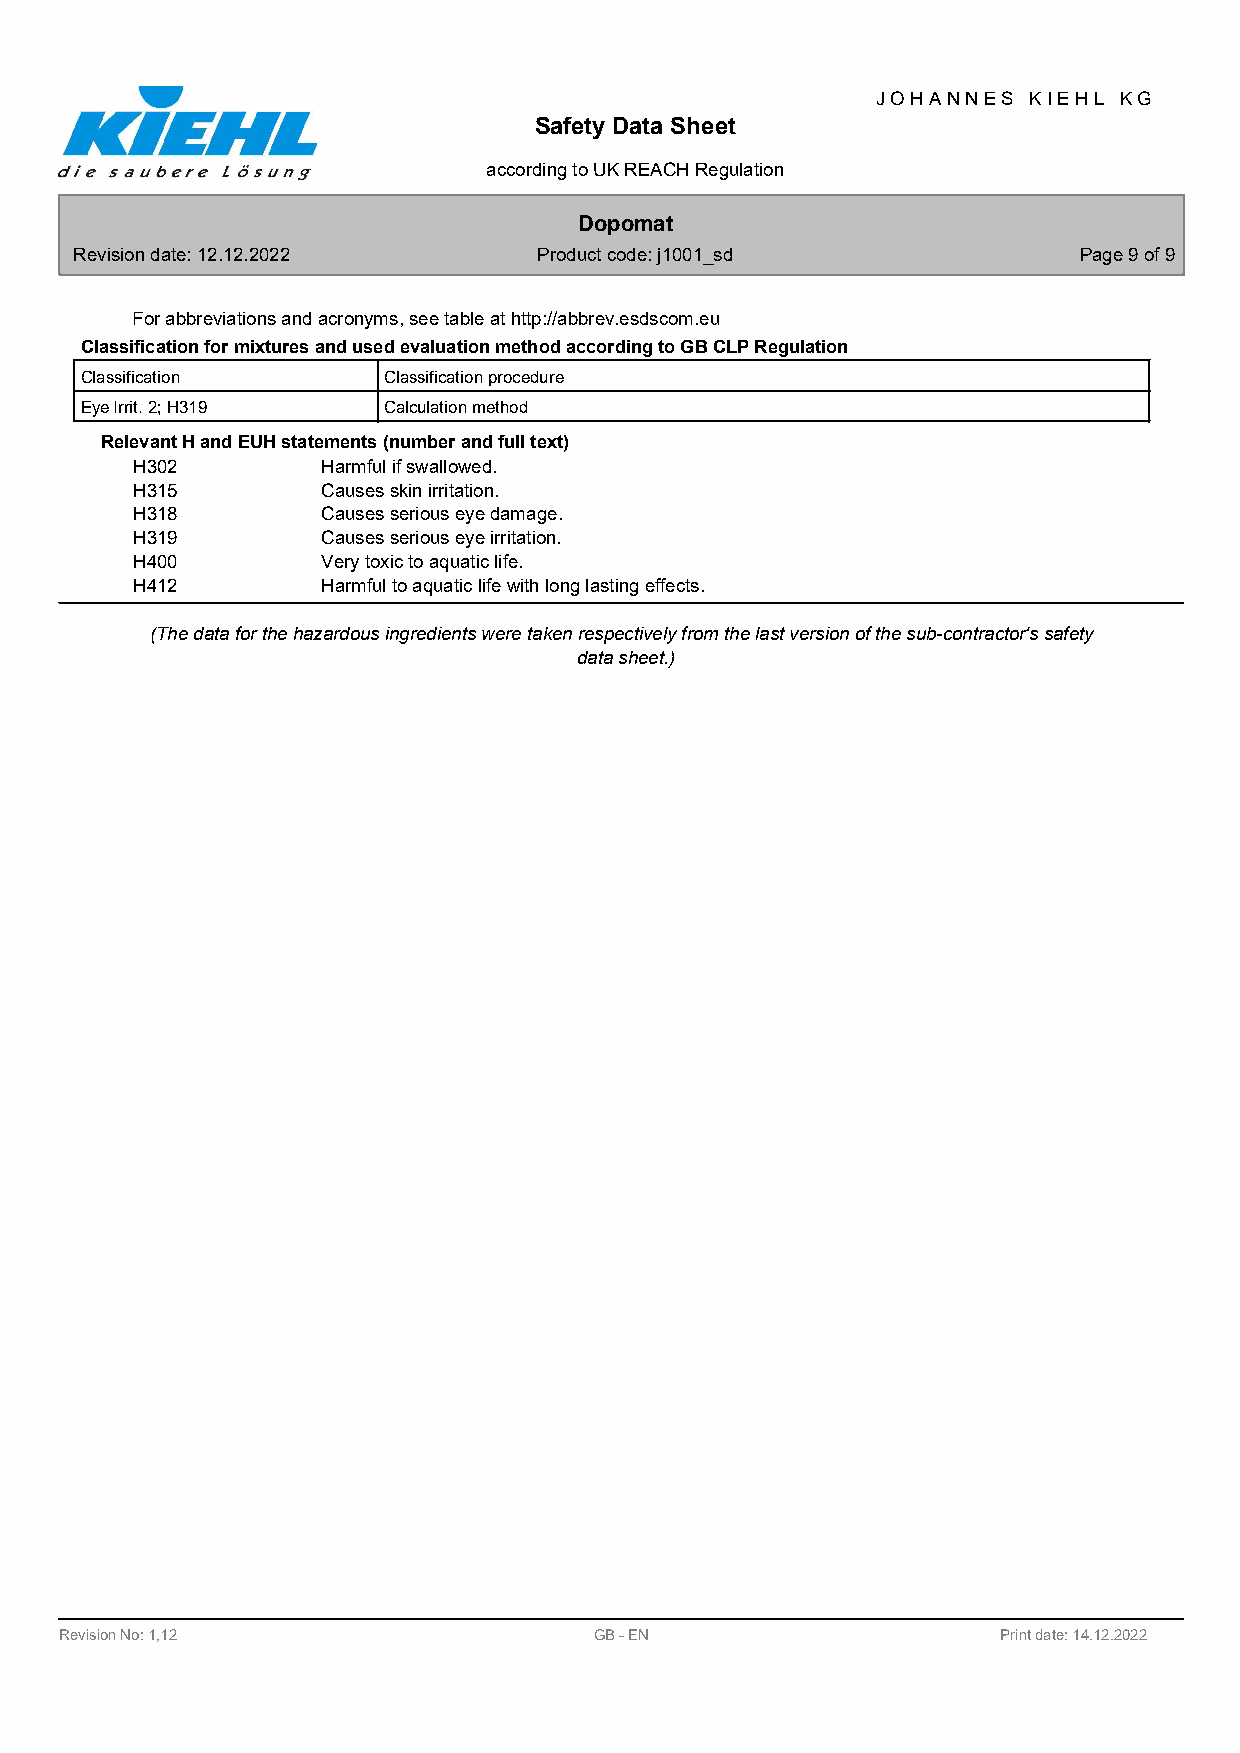
J O H A N N E S K I E H L K G
 Safety Data Sheet
 according to UK REACH Regulation
 Dopomat
 Revision date: 12.12.2022      Product code: j1001_sd             Page 9 of 9
 For abbreviations and acronyms, see table at http://abbrev.esdscom.eu
 Classification for mixtures and used evaluation method according to GB CLP Regulation
 Classification      Classification procedure
 Eye Irrit. 2; H319  Calculation method
 Relevant H and EUH statements (number and full text)
 H302        Harmful if swallowed.
 H315        Causes skin irritation.
 H318        Causes serious eye damage.
 H319        Causes serious eye irritation.
 H400        Very toxic to aquatic life.
 H412        Harmful to aquatic life with long lasting effects.
 (The data for the hazardous ingredients were taken respectively from the last version of the sub-contractor's safety
 data sheet.)
 Revision No: 1,12                  GB - EN                    Print date: 14.12.2022